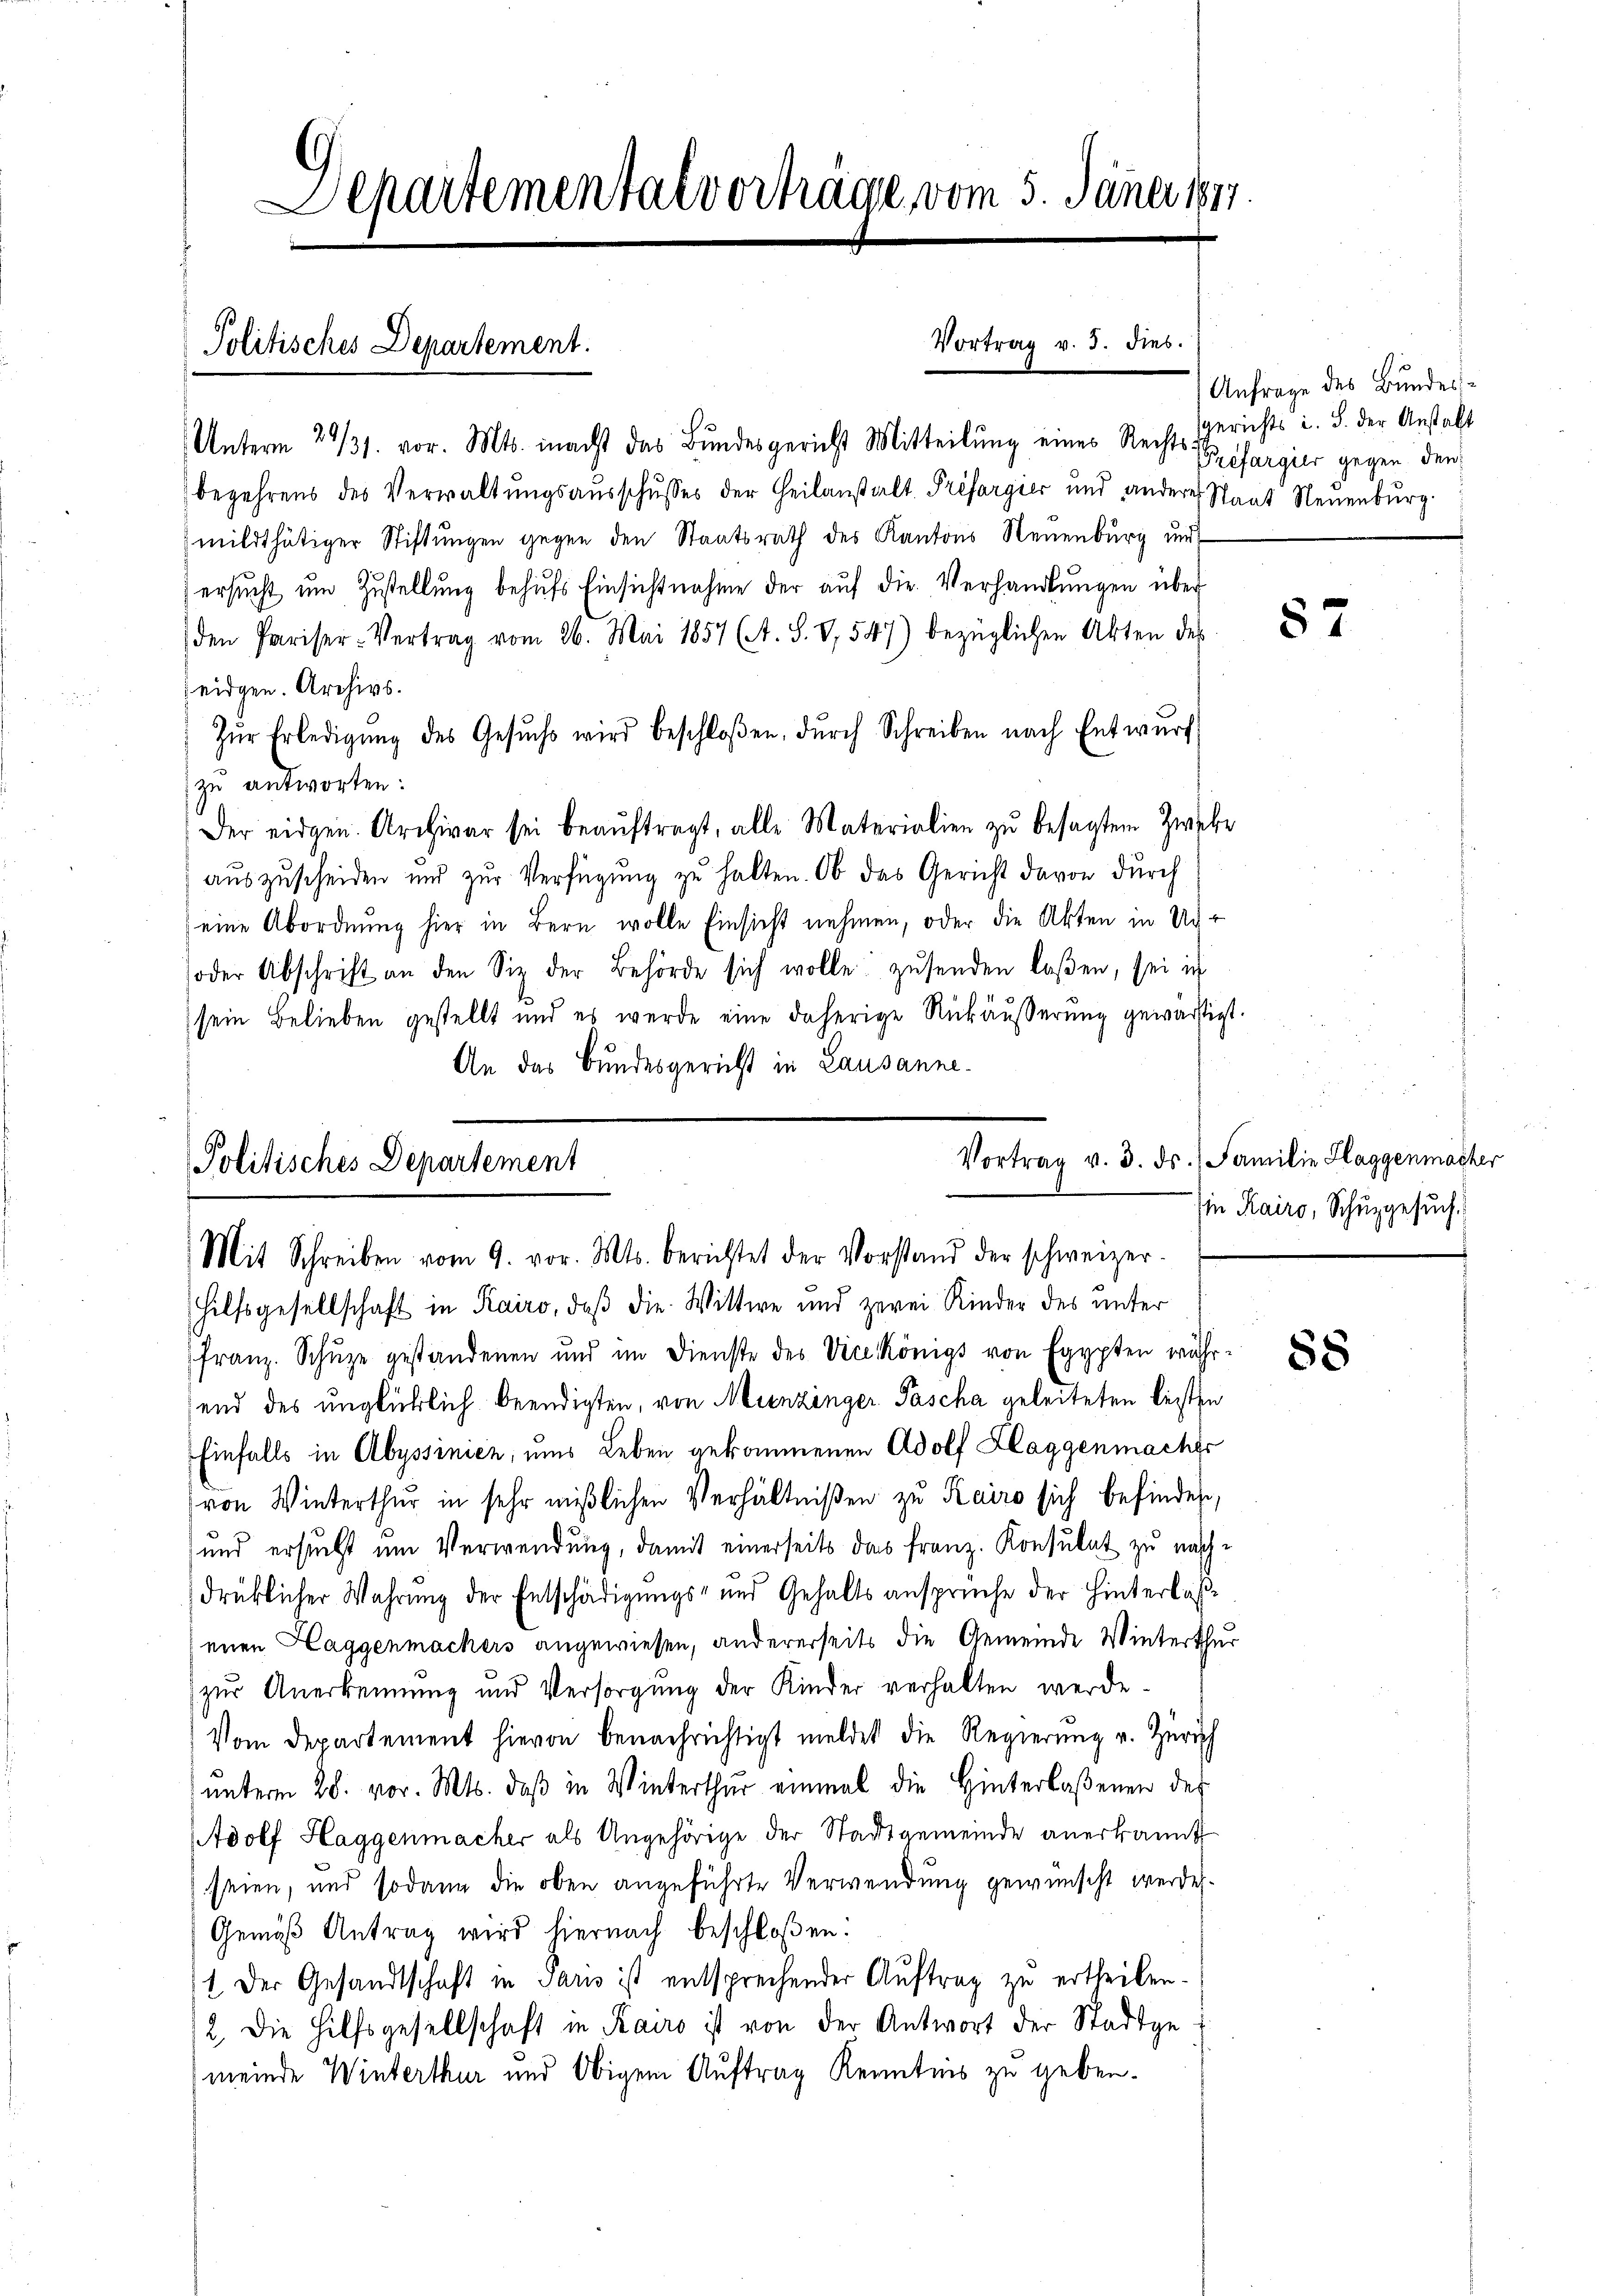
Departemental vortrage vom 5. Jäner 1897.

Politisches Departement.

Unterm 29/31. vor. Mts. macht das Bŭndesgericht Mitteilŭng eines Rechtsgerichts i. B. der Anstalt
begehrens des Verwaltungsausschusses der Heilanstalt Préfargier und anderes Staat Neuenburg.
mildthätiger Stiftungen gegen den Staatsrath des Kantons Neuenburg und
ersŭcht um Zustellung behŭfs Einsichtnahme der aŭf die Verhandlungen über
den Pariser-Vertrag vom 26. Mai 1857 (A. S. V, 547) bezüglichen Akten des
eidgen. Archivs.
Zŭr Erledigŭng des Gesŭchs wird beschloßen, dŭrch Schreiben nach Entwŭrf
zu antworten:
Der eidgen. Archivar sei beaŭftragt, alle Materialien zŭ besagtem Zweke
auszuscheiden und zur Verfügung zu halten. Ob das Gericht davon durch
eine Abordnŭng hier in Bern wolle Einsicht nehmen, oder die Akten in Unsoder Abschrift an den Siz der Behörde sich wolle zŭsenden laßen, sei ich
sein Belieben gestellt und es werde eine daherige Rückäußerung gewärtigt.
An das Bundesgericht in Lausannefranz. Schŭze gestandenen und im Dienste des Vicekönigs von Egypten währ
send des unglücklich beendigten, von Munzinger Pascha geleiteten leisten
Einfalls in Abyssinien, ums Leben gekommenen Adolf Klaggenmaches
von Winterthur in sehr mißlichen Verhältnißen zu Kairo sich befindet,
und ersucht um Verwendung, damit einerseits das Franz. Konsulat zu nachdrüklicher Wahrung der Entschädigungs- und Gehaltsansprüche der Hinterlaße
einen Haggenmachers angewiesen, andererseits die Gemeinde Winterthur
zur Anerkennung und Versorgŭng der Kinder verhalten werde.
Vom Departement hievon benachrichtigt meldet die Regierŭng u. Zürich
ŭnterm 28. vor. Mts. daβ in Winterthur einmal die Hinterlaßenen des
Adolf Haggenmacher als Angehörige der Stadtgemeinde anerkannt
seien, und sodann die oben angeführte Verwendung gewünscht werden.
Gemäß Antrag wird hiernach beschloßen.
1 Der Gesandtschaft in Paris ist entsprechender Auftrag zu ertheilen.
2., die Hilfsgesellschaft in Kairo ist von der Antwort der Stadtge
meinde Winterthur und Obigem Auftrag Kenntnis zu geben.

Vortrag v. 3. dies.

Politisches Departement
Mit Schreiben vom 9. vor. Mts. berichtet der Vorstand der schweizer-
Hilfsgesellschaft in Kairo, daß die Wittwe und zwei Kinder des unter

Anfrage des Bundes¬
Préfargier gegen den

87

.
Vortrag v. 3. ds., Familie Haggenmacher
(in Kairo, Schulgesuch

88